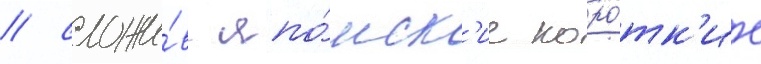
/ сложи́в япо́нск'ие коро́тк'ие